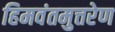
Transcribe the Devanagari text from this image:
हिमवंतमुत्तरेण